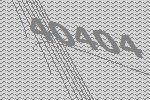
40404